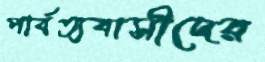
পার্বত্যবাসীদের